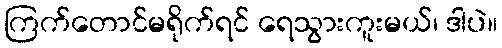
ကြက်တောင်မရိုက်ရင် ရေသွားကူးမယ်၊ ဒါပဲ။